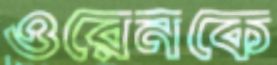
ওরেনকে